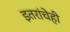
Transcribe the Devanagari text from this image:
इतरांचेही